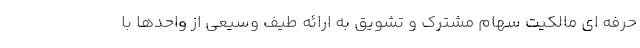
حرفه ای مالکیت سهام مشترک و تشویق به ارائه طیف وسیعی از واحدها با